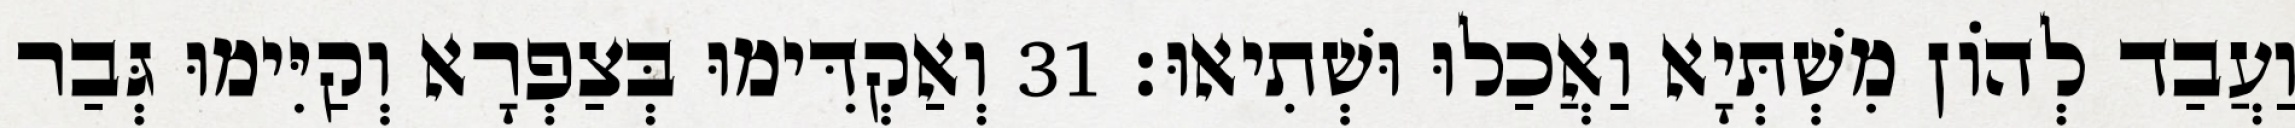
וַעֲבַד לְהוֹן מִשְׁתְּיָא וַאֲכַלוּ וּשְׁתִיאוּ׃ 31 וְאַקְדִּימוּ בְּצַפְרָא וְקַיִּימוּ גְּבַר